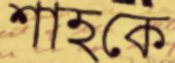
শাহকে